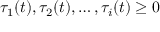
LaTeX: \tau _ { 1 } ( t ) , \tau _ { 2 } ( t ) , \ldots , \tau _ { i } ( t ) \geq 0